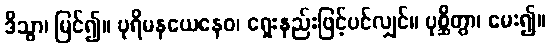
ဒိသွာ၊ မြင်၍။ ပုရိမနယေနေဝ၊ ရှေးနည်းဖြင့်ပင်လျှင်။ ပုစ္ဆိတွာ၊ မေး၍။